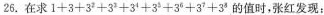
26.在求$$1 + 3 + 3 ^ { 2 } + 3 ^ { 3 } + 3 ^ { 4 }+ 3 ^ { 5 } + 3 ^ { 6 } + 3 ^ { 7 }+ 3 ^ { 8 }$$的值时，张红发现：